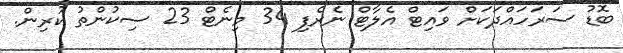
ބޮޑު ސަރަހައްދަކަށް ވައިޓް އެލާޓް ނެރެފި 34 މިނެޓް 23 ސިކުންތު ކުރިން.